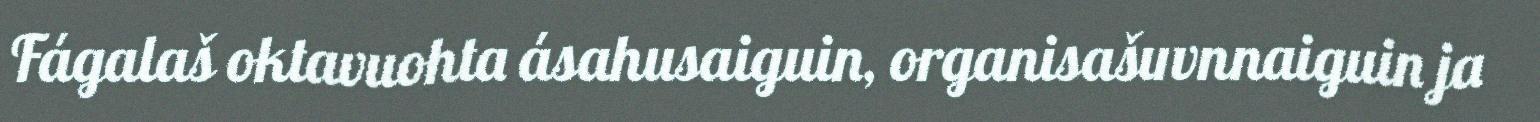
Fágalaš oktavuohta ásahusaiguin, organisašuvnnaiguin ja